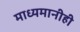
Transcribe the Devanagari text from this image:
माध्यमानीही